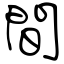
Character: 間